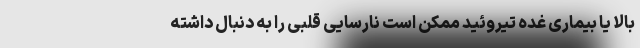
بالا یا بیماری غده تیروئید ممکن است نارسایی قلبی را به دنبال داشته